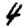
Digit: 4